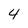
Character: 4